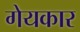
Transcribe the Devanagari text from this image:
गेयकार